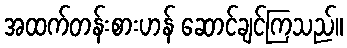
အထက်တန်းစားဟန် ဆောင်ချင်ကြသည်။